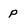
Character: p